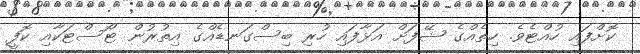
ކޮށްފައި ހުއްޓެވެ. ހިތެއްގެ ޝޭފަށް އަޅާފައި ހުރި ބިސްގަނޑެއްގެ އިތުރުން ޓޯސްޓަކާއި ކޮފީ